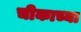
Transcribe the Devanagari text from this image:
चीकाच्या